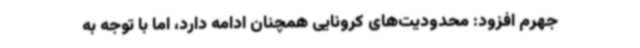
جهرم افزود: محدودیت‌های کرونایی همچنان ادامه دارد، اما با توجه به